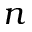
n